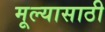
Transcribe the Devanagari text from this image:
मूल्यासाठी